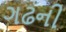
ગઢની